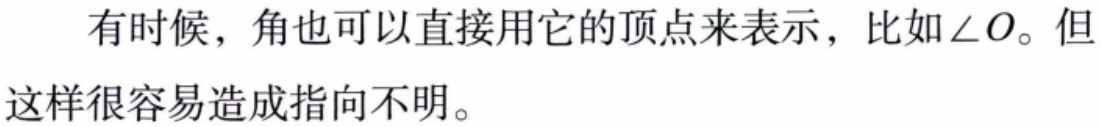
有时候，角也可以直接用它的顶点来表示，比如$\angle O$。但这样很容易造成指向不明。